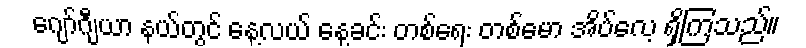
ဂျော်ဂျီယာ နယ်တွင် နေ့လယ် နေ့ခင်း တစ်ရေး တစ်မော အိပ်လေ့ ရှိကြသည်။